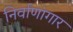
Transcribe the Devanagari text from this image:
निर्वाणांगार